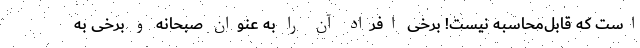
است که قابل‌محاسبه نیست! برخی افراد آن را به عنوان صبحانه و برخی به